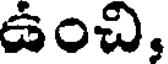
ఉంచి,